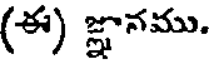
(ఈ) జ్ఞానము.